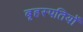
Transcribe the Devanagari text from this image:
बृहस्पतियों